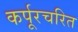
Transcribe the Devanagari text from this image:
कर्पूरचरित